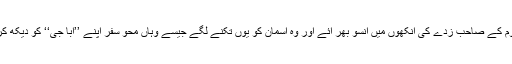
‘‘ ہمارا یہ ’کلمہ توصیف‘‘ سن کر مرحوم کے صاحب زدے کی آنکھوں میں آنسو بھر آئے اور وہ آسمان کو یوں تکنے لگے جیسے وہاں محو سفر اپنے ’’ابا جی‘‘ کو دیکھ کر آنکھوں ہی آنکھوں میں کہہ رہے ہوں۔